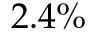
2 . 4 \%